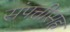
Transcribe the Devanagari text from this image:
संपत्तीसह